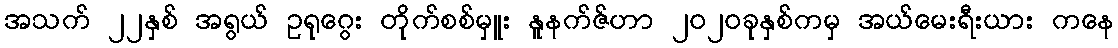
အသက် ၂၂နှစ် အရွယ် ဥရုဂွေး တိုက်စစ်မှူး နူနက်ဇ်ဟာ ၂၀၂၀ခုနှစ်ကမှ အယ်မေးရီးယား ကနေ